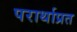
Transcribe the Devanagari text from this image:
परार्थाप्रत